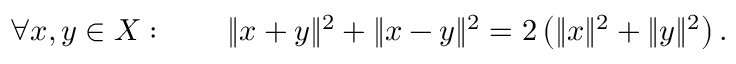
\forall x , y \in X : \qquad \| x + y \| ^ { 2 } + \| x - y \| ^ { 2 } = 2 \left( \| x \| ^ { 2 } + \| y \| ^ { 2 } \right) .